Scottish Leaving Certificate Examination, 1953
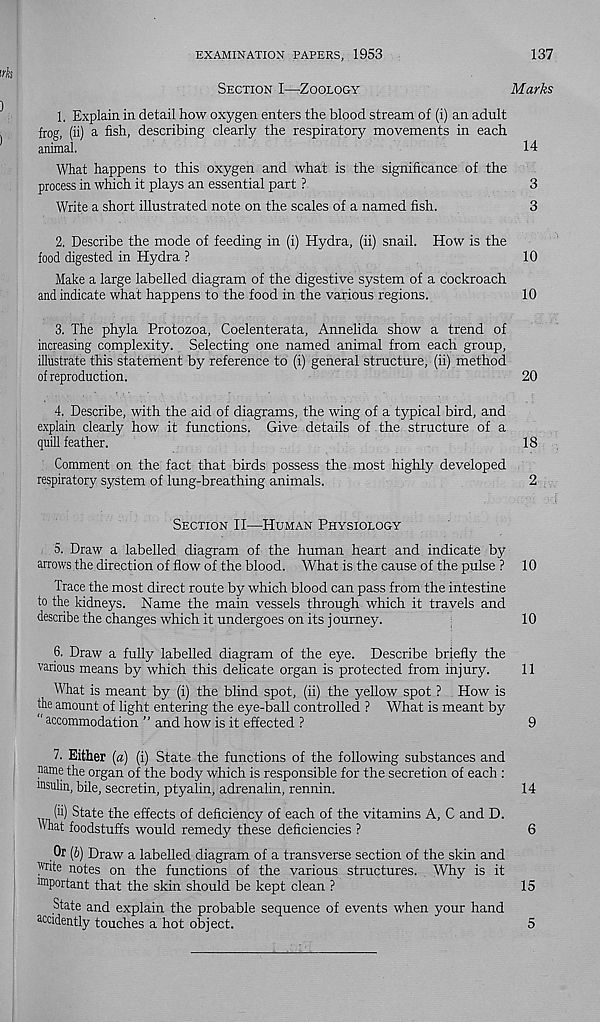
EXAMINATION PAPERS, 1953
137
Section I—Zoology
Marks
1. Explain in detail how oxygen enters the blood stream of (i) an adult
frog, (ii) a fish, describing clearly the respiratory movements in each
animal.
14
What happens to this oxygen and what is the significance of the
process in which it plays an essential part ?
3
Write a short illustrated note on the scales of a named fish.
3
2. Describe the mode of feeding in (i) Hydra, (ii) snail. How is the
food digested in Hydra ?
10
Make a large labelled diagram of the digestive system of a cockroach
and indicate what happens to the food in the various regions.
10
3. The phyla Protozoa, Coelenterata, Annelida show a trend of
increasing complexity. Selecting one named animal from each group,
illustrate this statement by reference to (i) general structure, (ii) method
of reproduction.
20
4. Describe, with the aid of diagrams, the wing of a typical bird, and
explain clearly how it functions. Give details of the structure of a
quill feather.
18
Comment on the fact that birds possess the most highly developed
respiratory system of lung-breathing animals.
2
Section II—Human Physiology
5. Draw a labelled diagram of the human heart and indicate by
arrows the direction of flow of the blood. What is the cause of the pulse ? 10
Trace the most direct route by which blood can pass from the intestine
to the kidneys. Name the main vessels through which it travels and
describe the changes which it undergoes on its journey.
10
6. Draw a fully labelled diagram of the eye. Describe briefly the
various means by which this delicate organ is protected from injury.
11
What is meant by (i) the blind spot, (ii) the yellow spot ? How is
the amount of light entering the eye-ball controlled ? What is meant by
“ ac commodation ” and how is it effected ?
9
7. Either [a) (i) State the functions of the following substances and
name the organ of the body which is responsible for the secretion of each :
ffisulin, bile, secretin, ptyalin, adrenalin, rennin.
14
(ii) State the effects of deficiency of each of the vitamins A, C and D.
What foodstuffs would remedy these deficiencies ?
6
(b) Draw a labelled diagram of a transverse section of the skin and
write notes on the functions of the various structures. Why is it
wiportant that the skin should be kept clean ?
15
State and explain the proba
a ccidently touches a hot object.
5